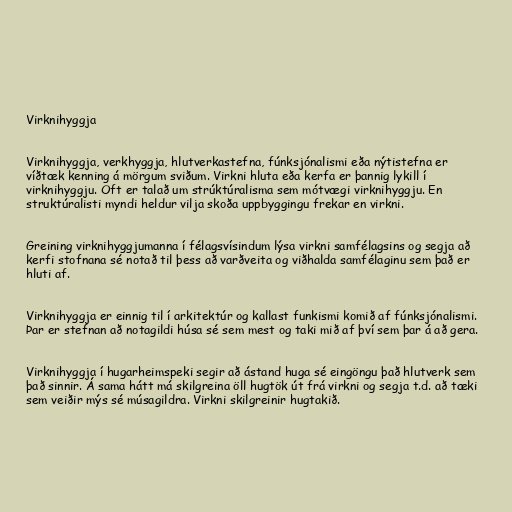
Virknihyggja

Virknihyggja, verkhyggja, hlutverkastefna, fúnksjónalismi eða nýtistefna er
víðtæk kenning á mörgum sviðum. Virkni hluta eða kerfa er þannig lykill í
virknihyggju. Oft er talað um strúktúralisma sem mótvægi virknihyggju. En
struktúralisti myndi heldur vilja skoða uppbyggingu frekar en virkni.

Greining virknihyggjumanna í félagsvísindum lýsa virkni samfélagsins og segja að
kerfi stofnana sé notað til þess að varðveita og viðhalda samfélaginu sem það er
hluti af.

Virknihyggja er einnig til í arkitektúr og kallast funkismi komið af fúnksjónalismi.
Þar er stefnan að notagildi húsa sé sem mest og taki mið af því sem þar á að gera.

Virknihyggja í hugarheimspeki segir að ástand huga sé eingöngu það hlutverk sem
það sinnir. Á sama hátt má skilgreina öll hugtök út frá virkni og segja t.d. að tæki
sem veiðir mýs sé músagildra. Virkni skilgreinir hugtakið.